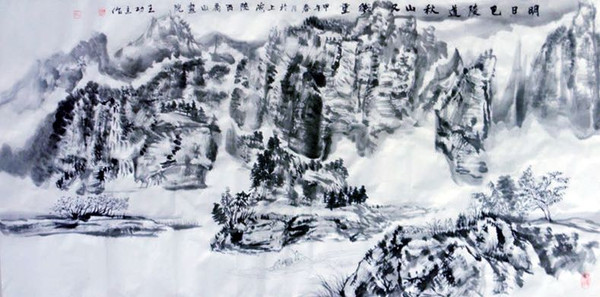
明日巴陵道，秋山又几重。